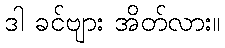
ဒါ ခင်ဗျား အိတ်လား။